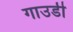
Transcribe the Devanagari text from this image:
गाउडी